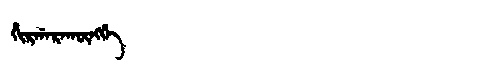
Manchu: ᡥᡳᡵᡤᠠᡵᠠᡴᡡᠩᡤᡝ
Romanization: HIRGARAKŪNGGE